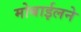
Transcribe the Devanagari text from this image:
मोबाईलने